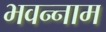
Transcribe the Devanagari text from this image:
भवन्नाम